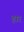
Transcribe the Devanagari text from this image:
हारं